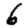
Digit: 6